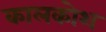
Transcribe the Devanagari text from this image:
कालकोश